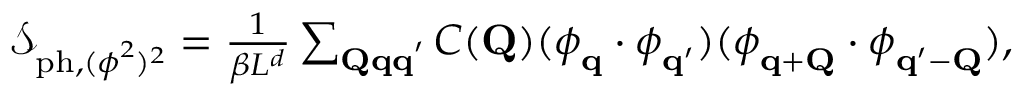
\begin{array} { r } { \mathcal { S } _ { \mathrm { p h } , ( \boldsymbol { \phi } ^ { 2 } ) ^ { 2 } } = \frac { 1 } { \beta L ^ { d } } \sum _ { \mathbf { Q q q } ^ { \prime } } C ( \mathbf { Q } ) ( \boldsymbol { \phi } _ { \mathbf { q } } \cdot \boldsymbol { \phi } _ { \mathbf { q } ^ { \prime } } ) ( \boldsymbol { \phi } _ { \mathbf { q + Q } } \cdot \boldsymbol { \phi } _ { \mathbf { q ^ { \prime } - Q } } ) , } \end{array}